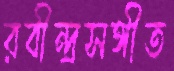
রবীন্দ্রসঙ্গীত